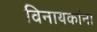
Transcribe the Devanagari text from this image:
विनायकांना